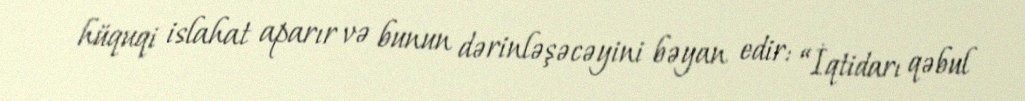
hüquqi islahat aparır və bunun dərinləşəcəyini bəyan edir: “İqtidarı qəbul